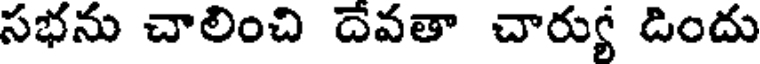
సభను చాలించి దేవతా చార్యు డిందు